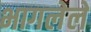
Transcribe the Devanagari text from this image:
भागलेले